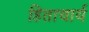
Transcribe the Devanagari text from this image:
हिताचार्य